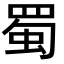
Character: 蜀